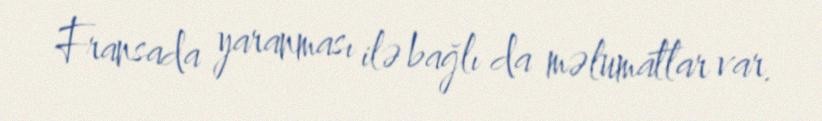
Fransada yaranması ilə bağlı da məlumatlar var.